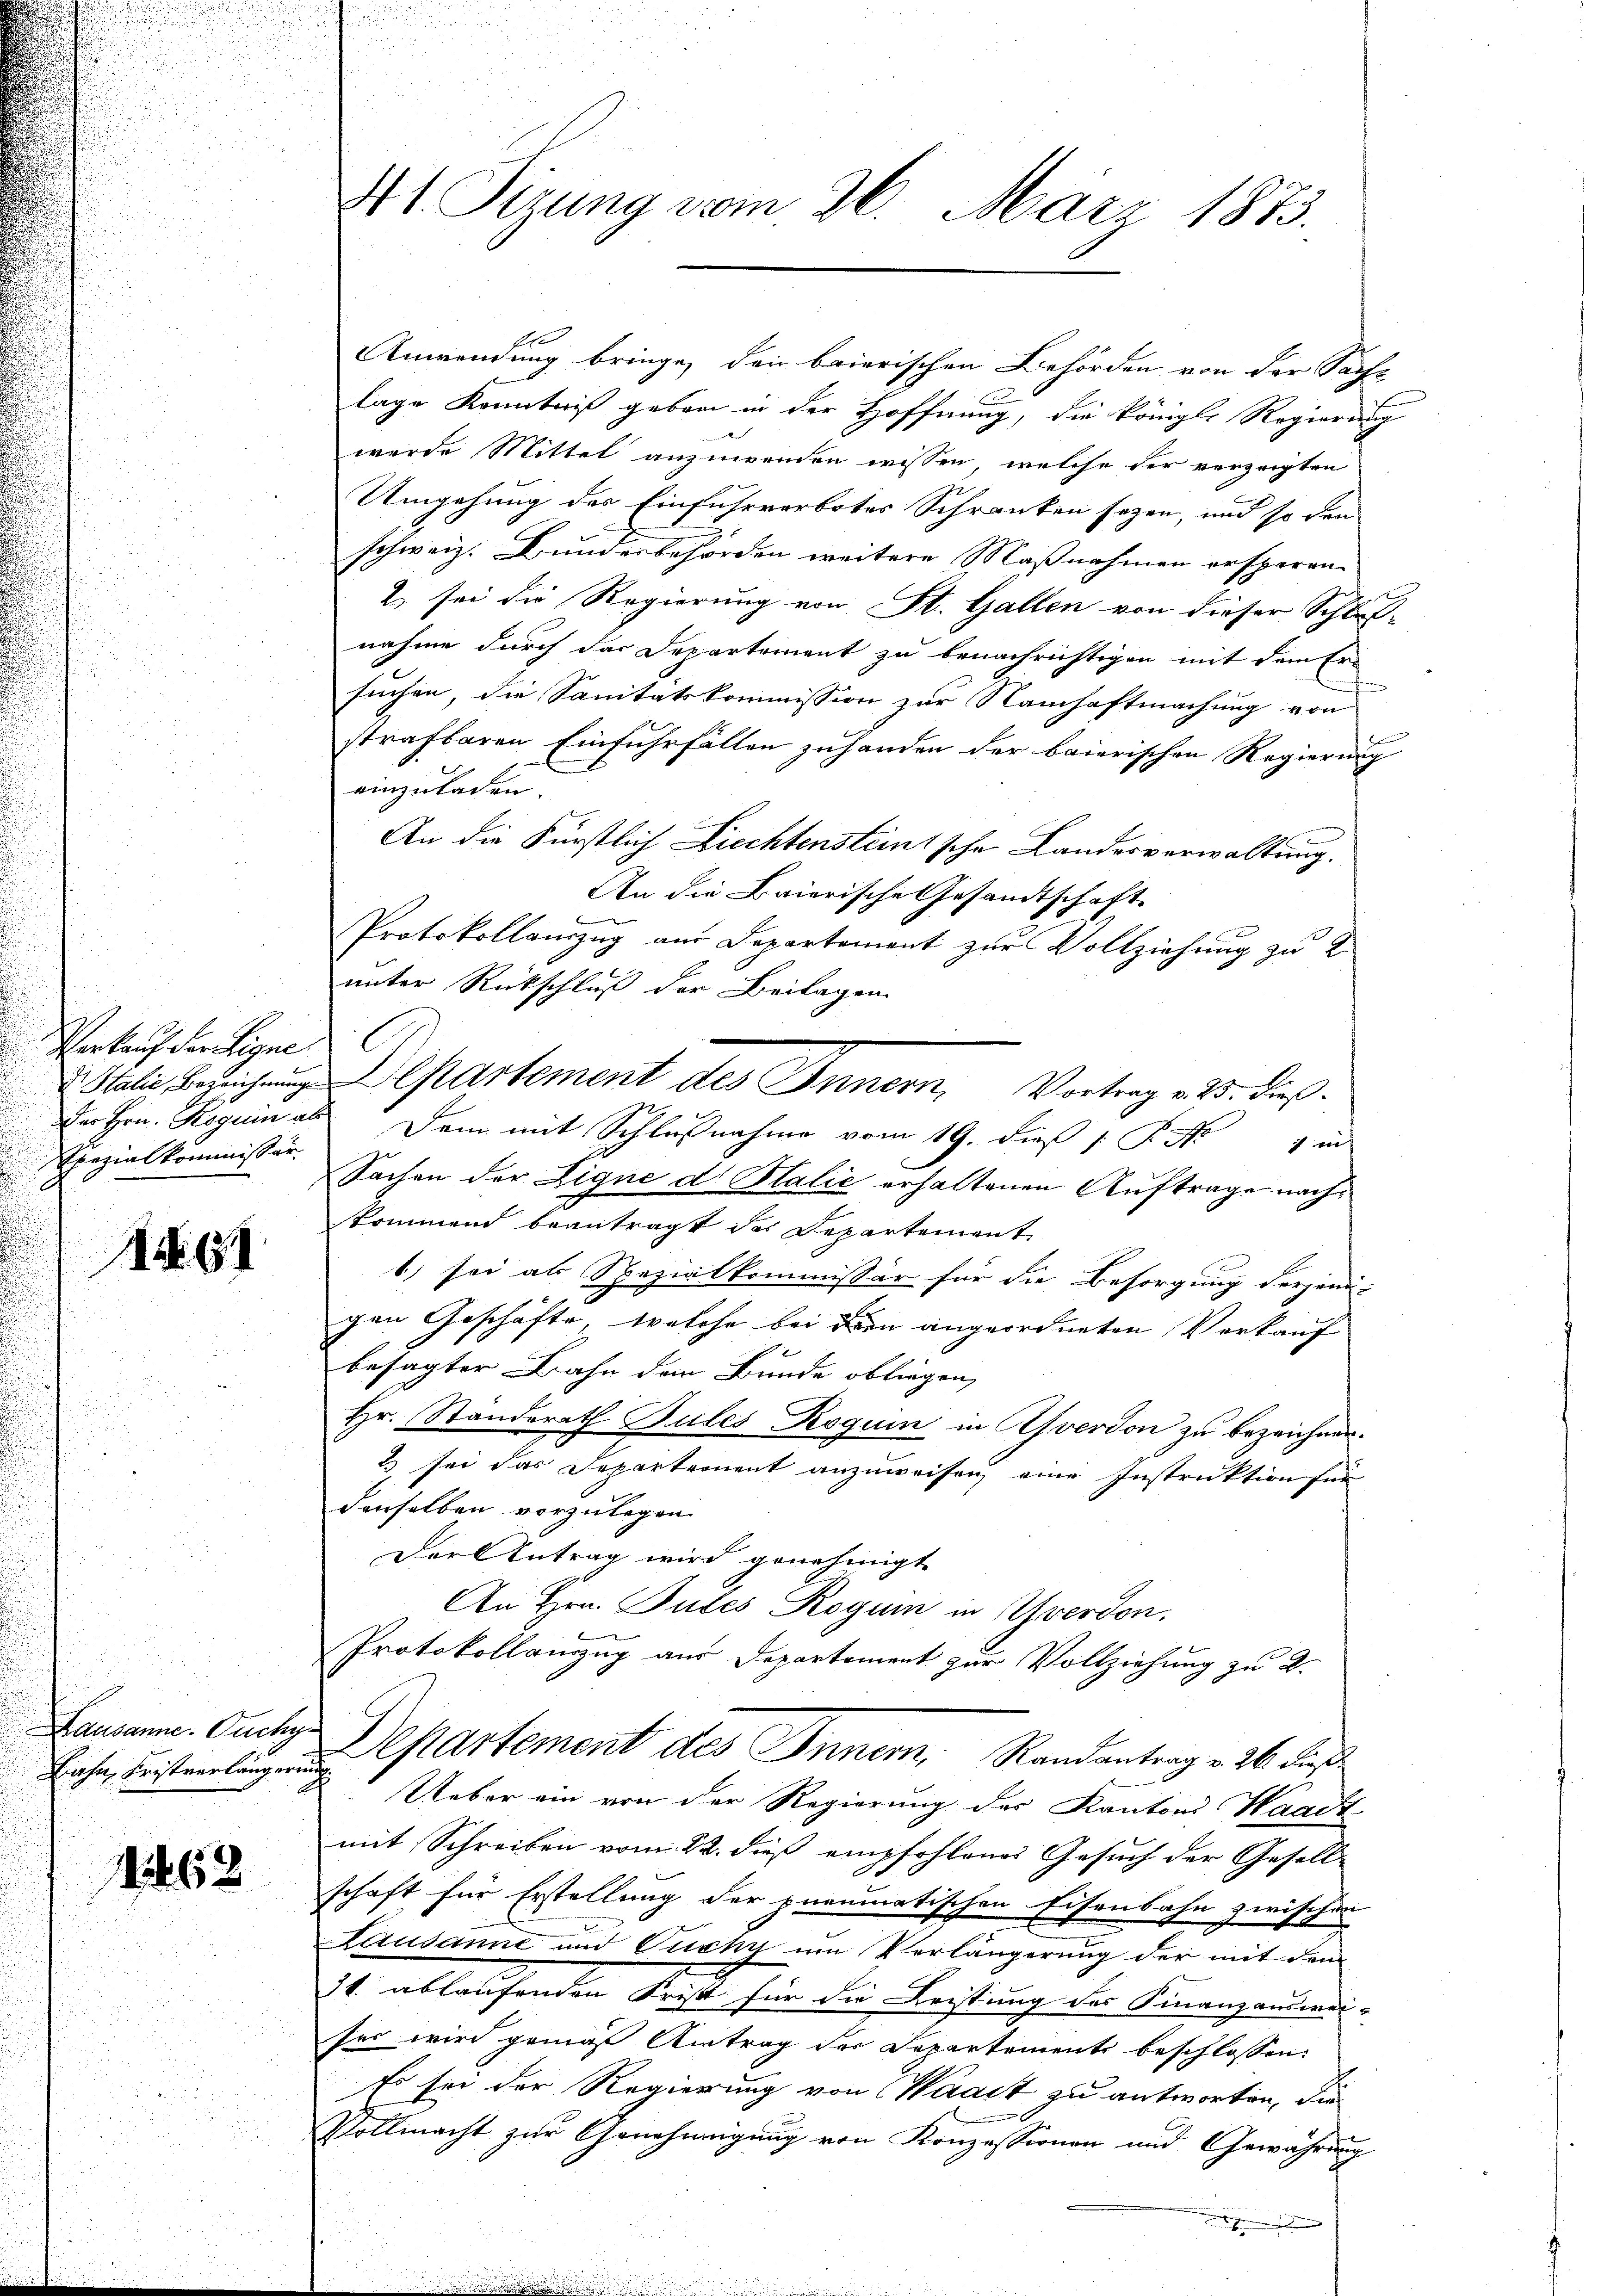
Verkauf der ligne
Spezialkommissär

XG1

Kausanne. Ouchy
Bahn, Fristverlängern

162

At. Sizung vom 26. März 1873.

Anwendung bringe, den baierischen Behörden von der Sache
lage Kenntniß geben in der Hoffnung, die königl. Regierung
werde Mittel anzungenden wissen, welche der verzeigten
Umgehung des Einfuhrverbotes Schranken seyen, und so den
schweiz. Bundesbehörden weitere Maßnahmen ersparen |
2 sei die Regierung von St. Gallen von dieser Schluß-
nahme durch das Departement zu benachrichtigen mit dem Er-
suchen, die Sanitätskommission zur Namhaftmachung von
strafbaren Einfuhrfällen zuhanden der baierischen Regierung
einzuladen.
An die Fürstlich Ziechtensteintsche Landesverwaltung.
An die Baierische Gesandtschaft
Protokollanzug aus Departement zur Vollziehung zu 2
unter Rückschluß der Beilagen
Der Hrn. Roguin als Dein mit Schlußnahme vom 19. dieß P. Nr.
 in
Sachen der Eigne d. Balić erhaltenen Auftrage nachkommend beantragt des Departement
1) sei als Spezialkommissär für die Besorgung derjenigen Geschäfte, welche bei dem angeordneten Verkauf
besagter Bahn den Bunde obliegen,
Hr. Ständerath Bules Roguin in Averdon zu bezeichnen.
2 sei das Departement anzuweisen, eine Instruktion für
denselben vorzulegen.
Der Antrag wird genehmigt.
An Hrn. Putes Rogum in Yverdon.
Protokollauszug aus Departement zur Vollziehung zu 2.
Departement des Inner, Randantrag v. 26. dieß
Ueber ein von der Regierung des Kantons Waadt
mit Schreiben vom 22. dieß empfohlenes Gesuch der Gesell-
schaft für Erstellung der pneumatischen Eisenbahn zwischen
Lausanne und Fucky um Verlängerung der mit dem
3t. ablaufenden Frist für die Leistung des Finanzauswei-
ses wird gemäß Antrag der Departements beschlossen:
so sei der Regierung von Waadt zu antworten, die
Vollmacht zur Genehmigung von Konzessionen und Gewährung
.

Italie Bereichung partement des Innern, Vortrag v. 25. dieß